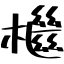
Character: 檵